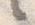
言